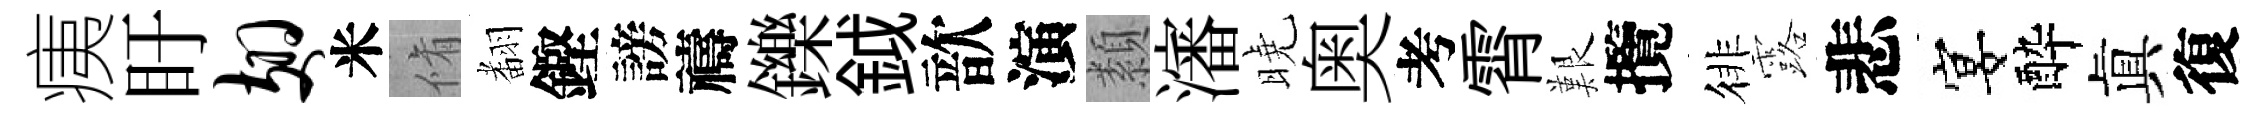
痍盱翅米脩𮋒鏗謗禱鑠鉞歆演纇瀋曉奥考霄艱攬徘露悲宴酔眞復